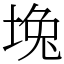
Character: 堍